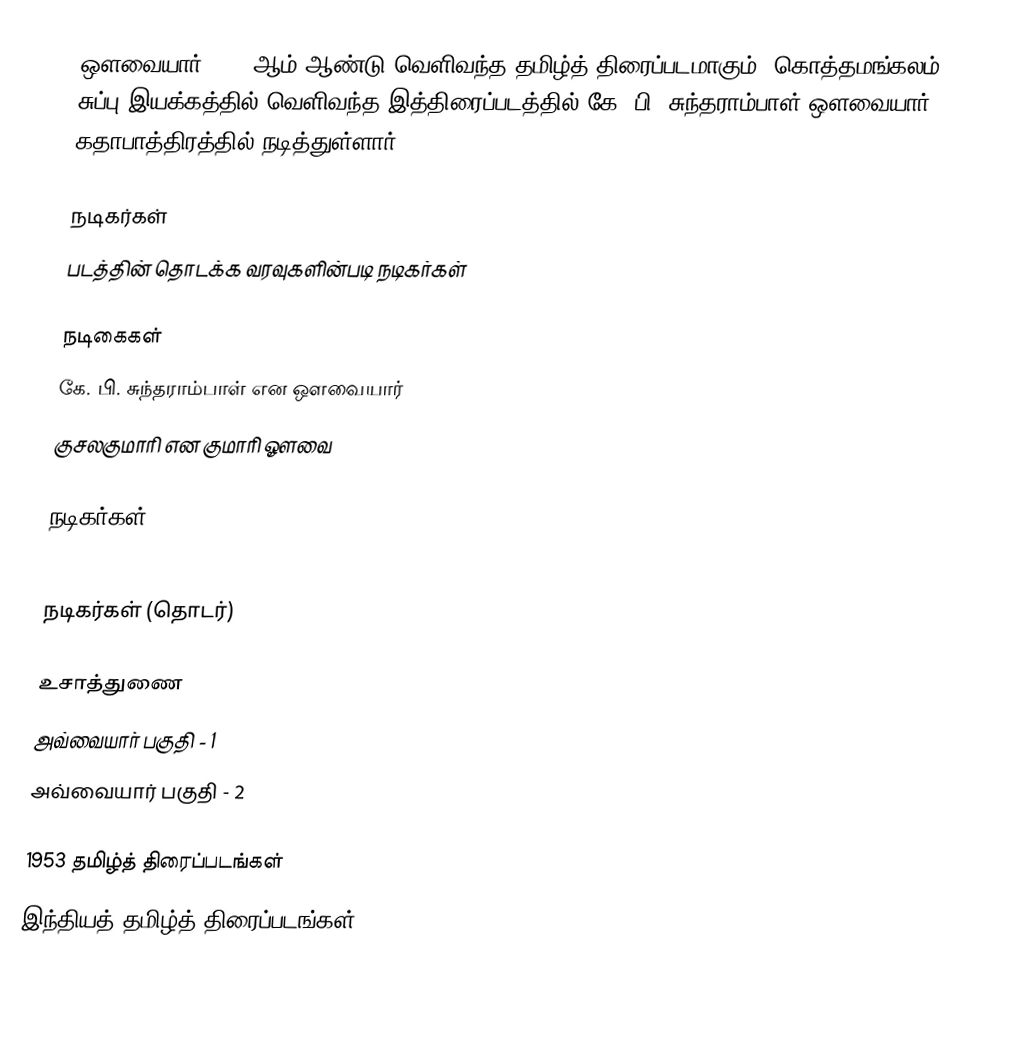
ஔவையார் 1953 ஆம் ஆண்டு வெளிவந்த தமிழ்த் திரைப்படமாகும். கொத்தமங்கலம் சுப்பு இயக்கத்தில் வெளிவந்த இத்திரைப்படத்தில் கே. பி. சுந்தராம்பாள் ஔவையார் கதாபாத்திரத்தில் நடித்துள்ளார்.

நடிகர்கள்
படத்தின் தொடக்க வரவுகளின்படி நடிகர்கள்

நடிகைகள்
 கே. பி. சுந்தராம்பாள் என ஔவையார்
 குசலகுமாரி என குமாரி ஔவை

நடிகர்கள்

நடிகர்கள் (தொடர்)

உசாத்துணை
 அவ்வையார் பகுதி - 1
 அவ்வையார் பகுதி - 2

1953 தமிழ்த் திரைப்படங்கள்
இந்தியத் தமிழ்த் திரைப்படங்கள்